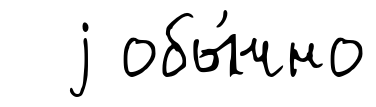
j обы́чно